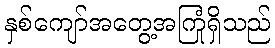
နှစ်ကျော်အတွေ့အကြုံရှိသည်